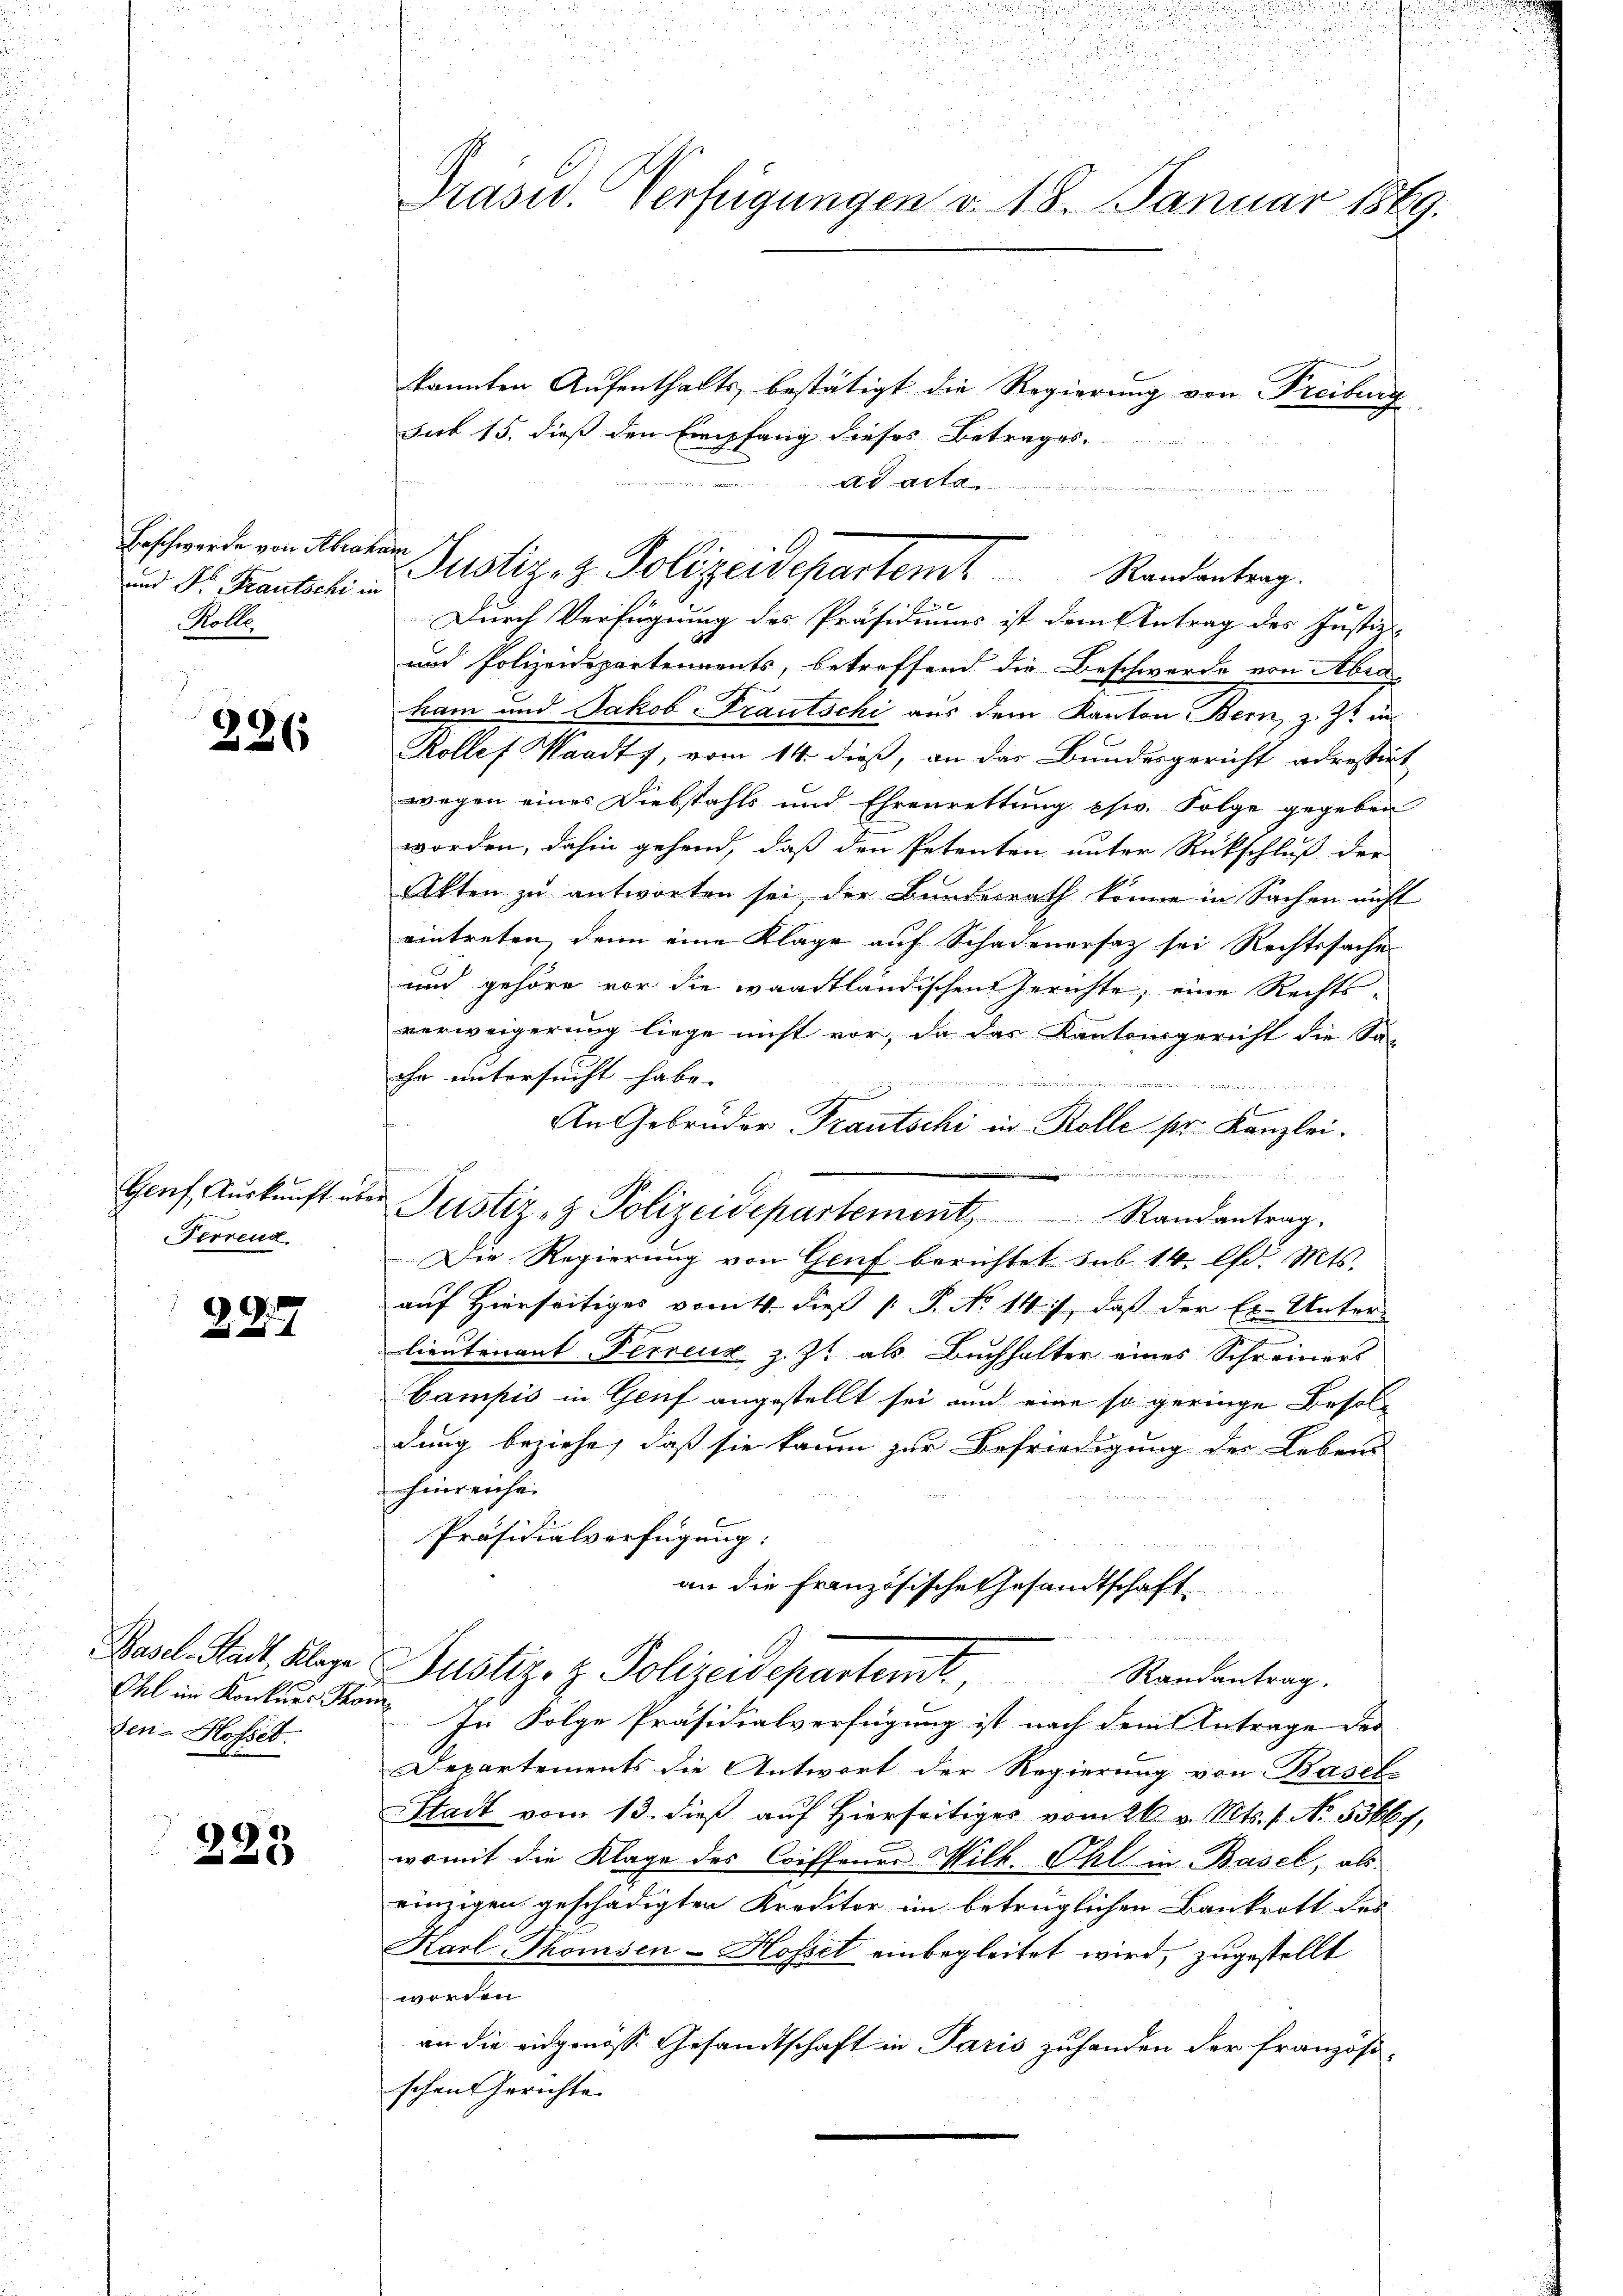
Beschwerde von Abraham
und Dr. Frautschi in
Rolle

286

Genf Auskunft es
Ferrenz

227

Basel-Stadt Klage
Ehl im Konkurs Som
Sen-Hofset.

223

Präsid. Verfügungen v. 18. Januar 1889.

Justiz- & Polizeidepartem Randantrag.
Durch Verfügung des Präsidiums ist dem Antrag des Justiz-

kannten Aufenthalts bestätigt die Regierung von Freiberg
sub 15. dieß den Empfang dieses Betrages
ad acta
un

u

und Polizeidepartements, betreffend die Beschwerde von Abra-
ham und Jakob Trautschi aus dem Kanton Bern, z. Zt. in
Rolles Waadt, vom 14. dieß, an das Bundesgericht adressirt
wegen eines Diebstahls und Ehrenrettung chw. Folge gegeben
worden, dahin gehend, daß den Petenten unter Rückschluß der
sekten zu antworten sei der Bundesrath könne in Sachen nicht
eintreten, denn eine Klage auf Schadenersatz sei Rechtssache
und gehöre vor die waadtländischen Gerichte, eine Rechts-
verweigerung liege nicht vor, da das Kantonsgericht die Sa-
ihn untersucht habe. |

An Gebrüder Trautschi in Rolle sr. Kanzlei.
muetten den
Justiz- & Polizeidepartement, Randantrag.
Die Regierung von Genf berichtet sub 14. lfd. Mts.
auf Hierseitiges vom 4. dieß P. No 147, daß der Er-Unter-
lieutenant Ferreuz z. Zt. als Buchhalter eines Schreiners
Campis in Genf angestellt sei und eine so geringe Besol
dung beziehe, daß sie kaum zur Befriedigung der Lebens
hinreiche
Präsidialverfügung:
an die Französische Gesandtschaft

Justizo z. Polizeidepartemt, Randantrag.
In Folge Präsidialverfügung ist nach dem Antrage des
Departements die Antwort der Regierung von Basel-
Stadt vom 13. dieß auf Hierseitiges vom 26. v. Mts. f. No. 55667,
womit die Klage des Coiffenes Wilh. Ohl in Basel, als
einzigen geschädigten Kreditor im betrüglichen Bankrott des
Karl Thomsen-Hosset einbegleitet wird, zugestellt
worden.
an die eidgenosse Gesandtschaft in Paris zuhanden der französi-
schen Gerichte

.